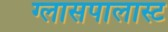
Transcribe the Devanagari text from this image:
ग्लासपालास्ट